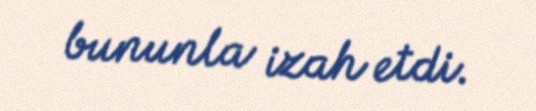
bununla izah etdi.